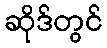
ဆိုဒ်တွင်